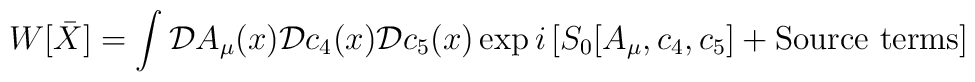
W[\bar{X}] = \int {\cal D} A_\mu (x) {\cal D} c_4(x) {\cal D}c_5(x)\exp {i\left [ S_0[A_\mu,c_4,c_5] +\mbox{Source terms} \right ]}